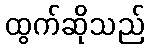
ထွက်ဆိုသည်